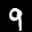
Label: 9